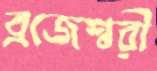
ব্রজেশ্বরী